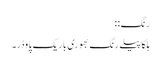
رنگ: :
ہلکا پیلے رنگ بھوری باریک پاوڈر۔